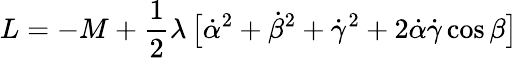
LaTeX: L=-M+{\frac{1}{2}}\lambda\, \bigl[\dot{\alpha}^{2}+\dot{\beta}^{2}+\dot{\gamma}^{2}+2\dot{\alpha}\dot{\gamma}\cos\beta\bigr]